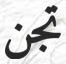
تجن